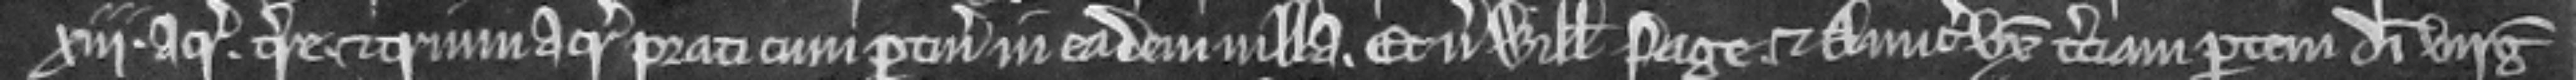
xiii. acrarum. terre et trium acrarum prati cum pertinenciis in eadem villa. Et versus Willelmum Page et Amiciam uxorem terciam partem dimidie virgate